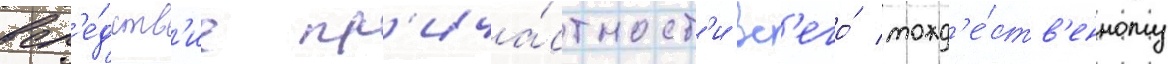
всл'е́дств'ие пр'ича́стност'и вс'его́ тожд'е́ств'енному